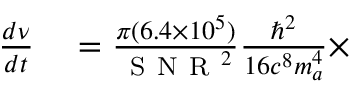
\begin{array} { r l } { \frac { d \nu } { d t } } & { { } = \frac { \pi ( 6 . 4 \times 1 0 ^ { 5 } ) } { \mathrm { ~ S ~ N ~ R ~ } ^ { 2 } } \frac { \hbar ^ { 2 } } { 1 6 c ^ { 8 } m _ { a } ^ { 4 } } \times } \end{array}